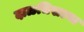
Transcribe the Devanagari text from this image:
दाळचिखल्या